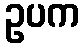
ဥပက